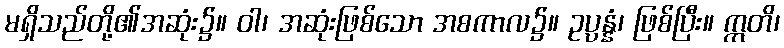
မရှိသည်တို့၏အဆုံး၌။ ဝါ၊ အဆုံးဖြစ်သော အစကာလ၌။ ဥပ္ပန္နံ၊ ဖြစ်ပြီး။ ဣတိ၊